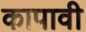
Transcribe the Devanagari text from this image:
कापावी